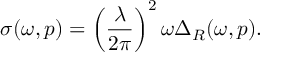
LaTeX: \sigma ( \omega , p ) = \left( \frac { \lambda } { 2 \pi } \right) ^ { 2 } \omega \Delta _ { R } ( \omega , p ) .